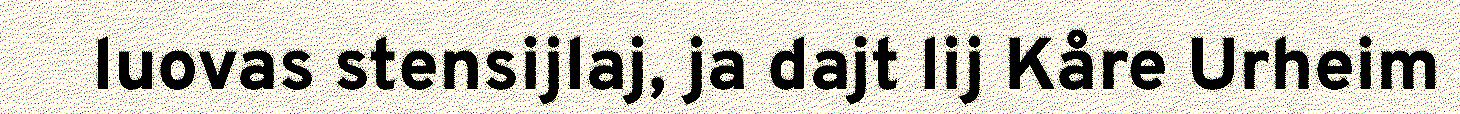
luovas stensijlaj, ja dajt lij Kåre Urheim